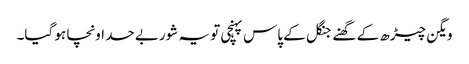
ویگن چیڑھ کے گھنے جنگل کے پاس پہنچی تو یہ شوربے حد اونچا ہو گیا۔